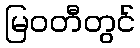
မြဝတီတွင်